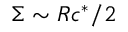
\Sigma \sim R c ^ { * } / 2